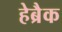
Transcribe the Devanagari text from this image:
हेब्रैक